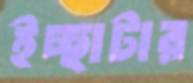
ইচ্ছাটার